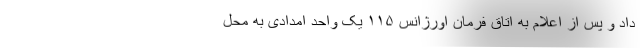
داد و پس از اعلام به اتاق فرمان اورژانس ۱۱۵ یک واحد امدادی به محل